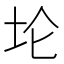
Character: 𫭢